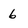
Character: 6